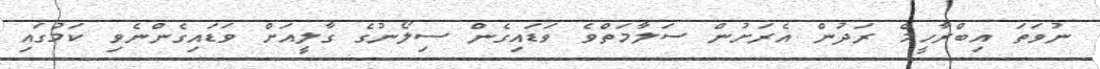
ނުވަތަ އިބްރާހީމް ރަދުން އެރަށުން ސަލާމަތްވެ ވަޑައިގެން ސިލޯނުގެ ގާލީއަށް ވަޑައިގެންނެވި ކަމުގައި